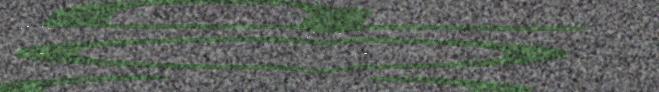
oažžut mielde.